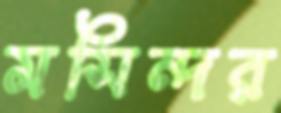
মসিন্দর